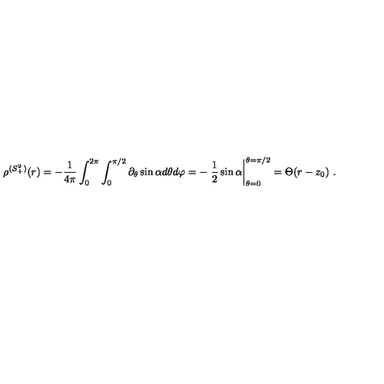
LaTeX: \rho ^ { ( S _ { + } ^ { 2 } ) } ( r ) = - \frac { 1 } { 4 \pi } \int _ { 0 } ^ { 2 \pi } \int _ { 0 } ^ { \pi / 2 } \partial _ { \theta } \sin \alpha d \theta d \varphi = - \left. \frac { 1 } { 2 } \sin \alpha \right| _ { \theta = 0 } ^ { \theta = \pi / 2 } = \Theta ( r - z _ { 0 } ) \ .